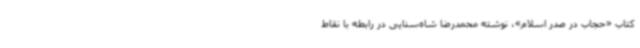
کتاب «حجاب در صدر اسلام»، نوشته محمدرضا شاه‌سنایی در رابطه با نقاط